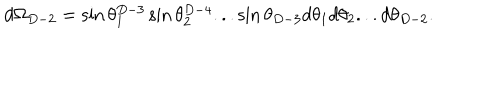
d \Omega _ { D - 2 } = \sin \theta _ { 1 } ^ { D - 3 } \sin \theta _ { 2 } ^ { D - 4 } . . . \sin \theta _ { D - 3 } d \theta _ { 1 } d \theta _ { 2 } . . . d \theta _ { D - 2 } .